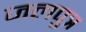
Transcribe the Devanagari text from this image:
जलपुत्र